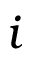
i